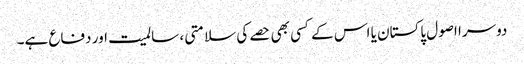
دوسرا اصول پاکستان یا اس کے کسی بھی حصے کی سلامتی ، سالمیت اور دفاع ہے۔